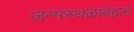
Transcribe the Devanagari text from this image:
जन्मस्थळाबद्दल